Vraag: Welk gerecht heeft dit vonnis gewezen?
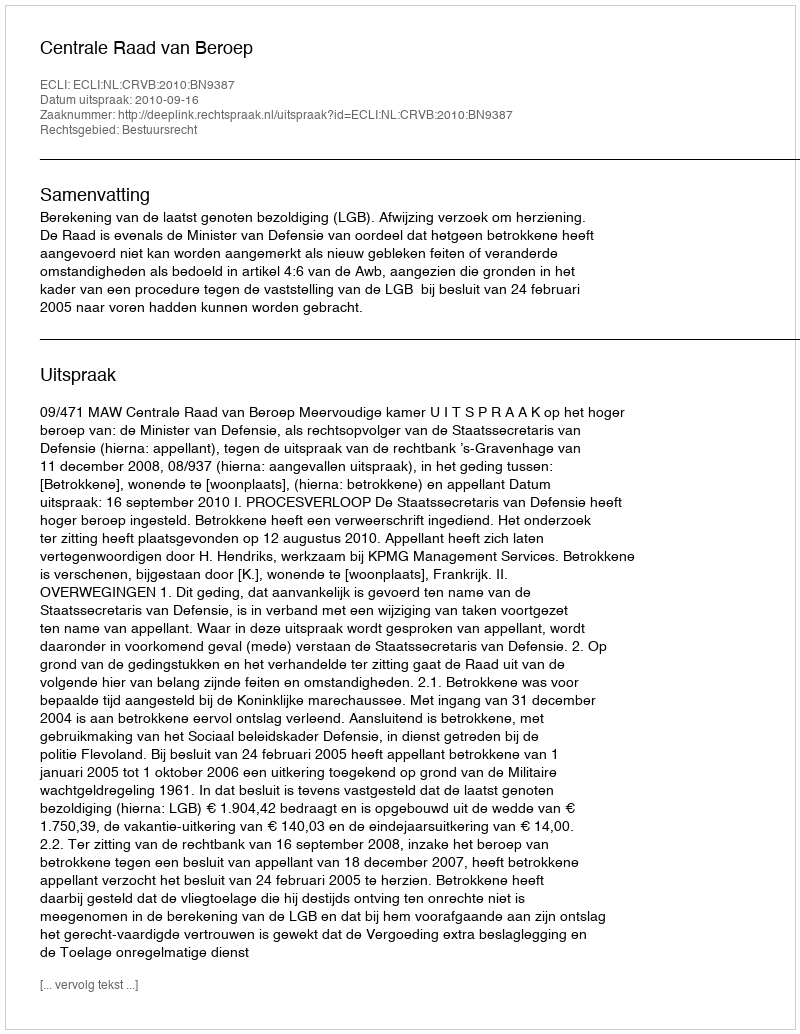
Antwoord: Centrale Raad van Beroep